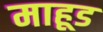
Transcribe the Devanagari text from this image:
माहूड